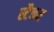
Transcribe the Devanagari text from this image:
स्टैकर